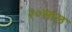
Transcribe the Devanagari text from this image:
२०साल